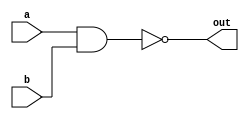
`timescale 1ns / 1ps
//////////////////////////////////////////////////////////////////////////////////
// Company: 
// Engineer: 
// 
// Design Name: 
// Module Name:    NAND_2x1 
// Project Name: 
// Target Devices: 
// Tool versions: 
// Description: 
//
// Dependencies: 
//
// Revision: 
// Revision 0.01 - File Created
// Additional Comments: 
//
//////////////////////////////////////////////////////////////////////////////////
module NAND_2x1(a,b,out);
	 
input a,b;
output out;

assign out = ~(a&b);

endmodule